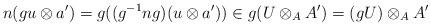
LaTeX: \begin{align*}n(gu\otimes a')=g((g^{-1}ng)(u\otimes a'))\in g(U\otimes_A A')=(gU)\otimes_A A'\end{align*}